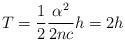
LaTeX: \begin{align*} T=\frac12\frac{\alpha^2}{2nc}h= 2h\end{align*}